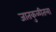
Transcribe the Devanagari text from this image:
जातकुळीतला